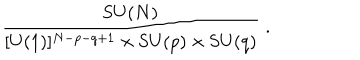
{ \frac { \mathrm { S U } ( N ) } { [ \mathrm { U } ( 1 ) ] ^ { N - p - q + 1 } \times \mathrm { S U } ( p ) \times \mathrm { S U } ( q ) } } \; .